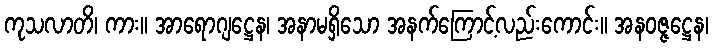
ကုသလာတိ၊ ကား။ အာရောဂျဋ္ဌေန၊ အနာမရှိသော အနက်ကြောင့်လည်းကောင်း။ အနဝဇ္ဇဋ္ဌေန၊